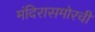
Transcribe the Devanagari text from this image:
मंदिरासमोरची